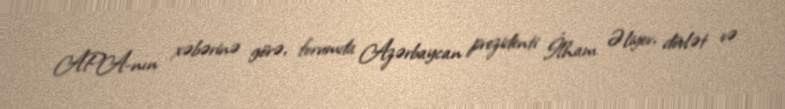
APA-nın xəbərinə görə, forumda Azərbaycan prezidenti İlham Əliyev, dövlət və